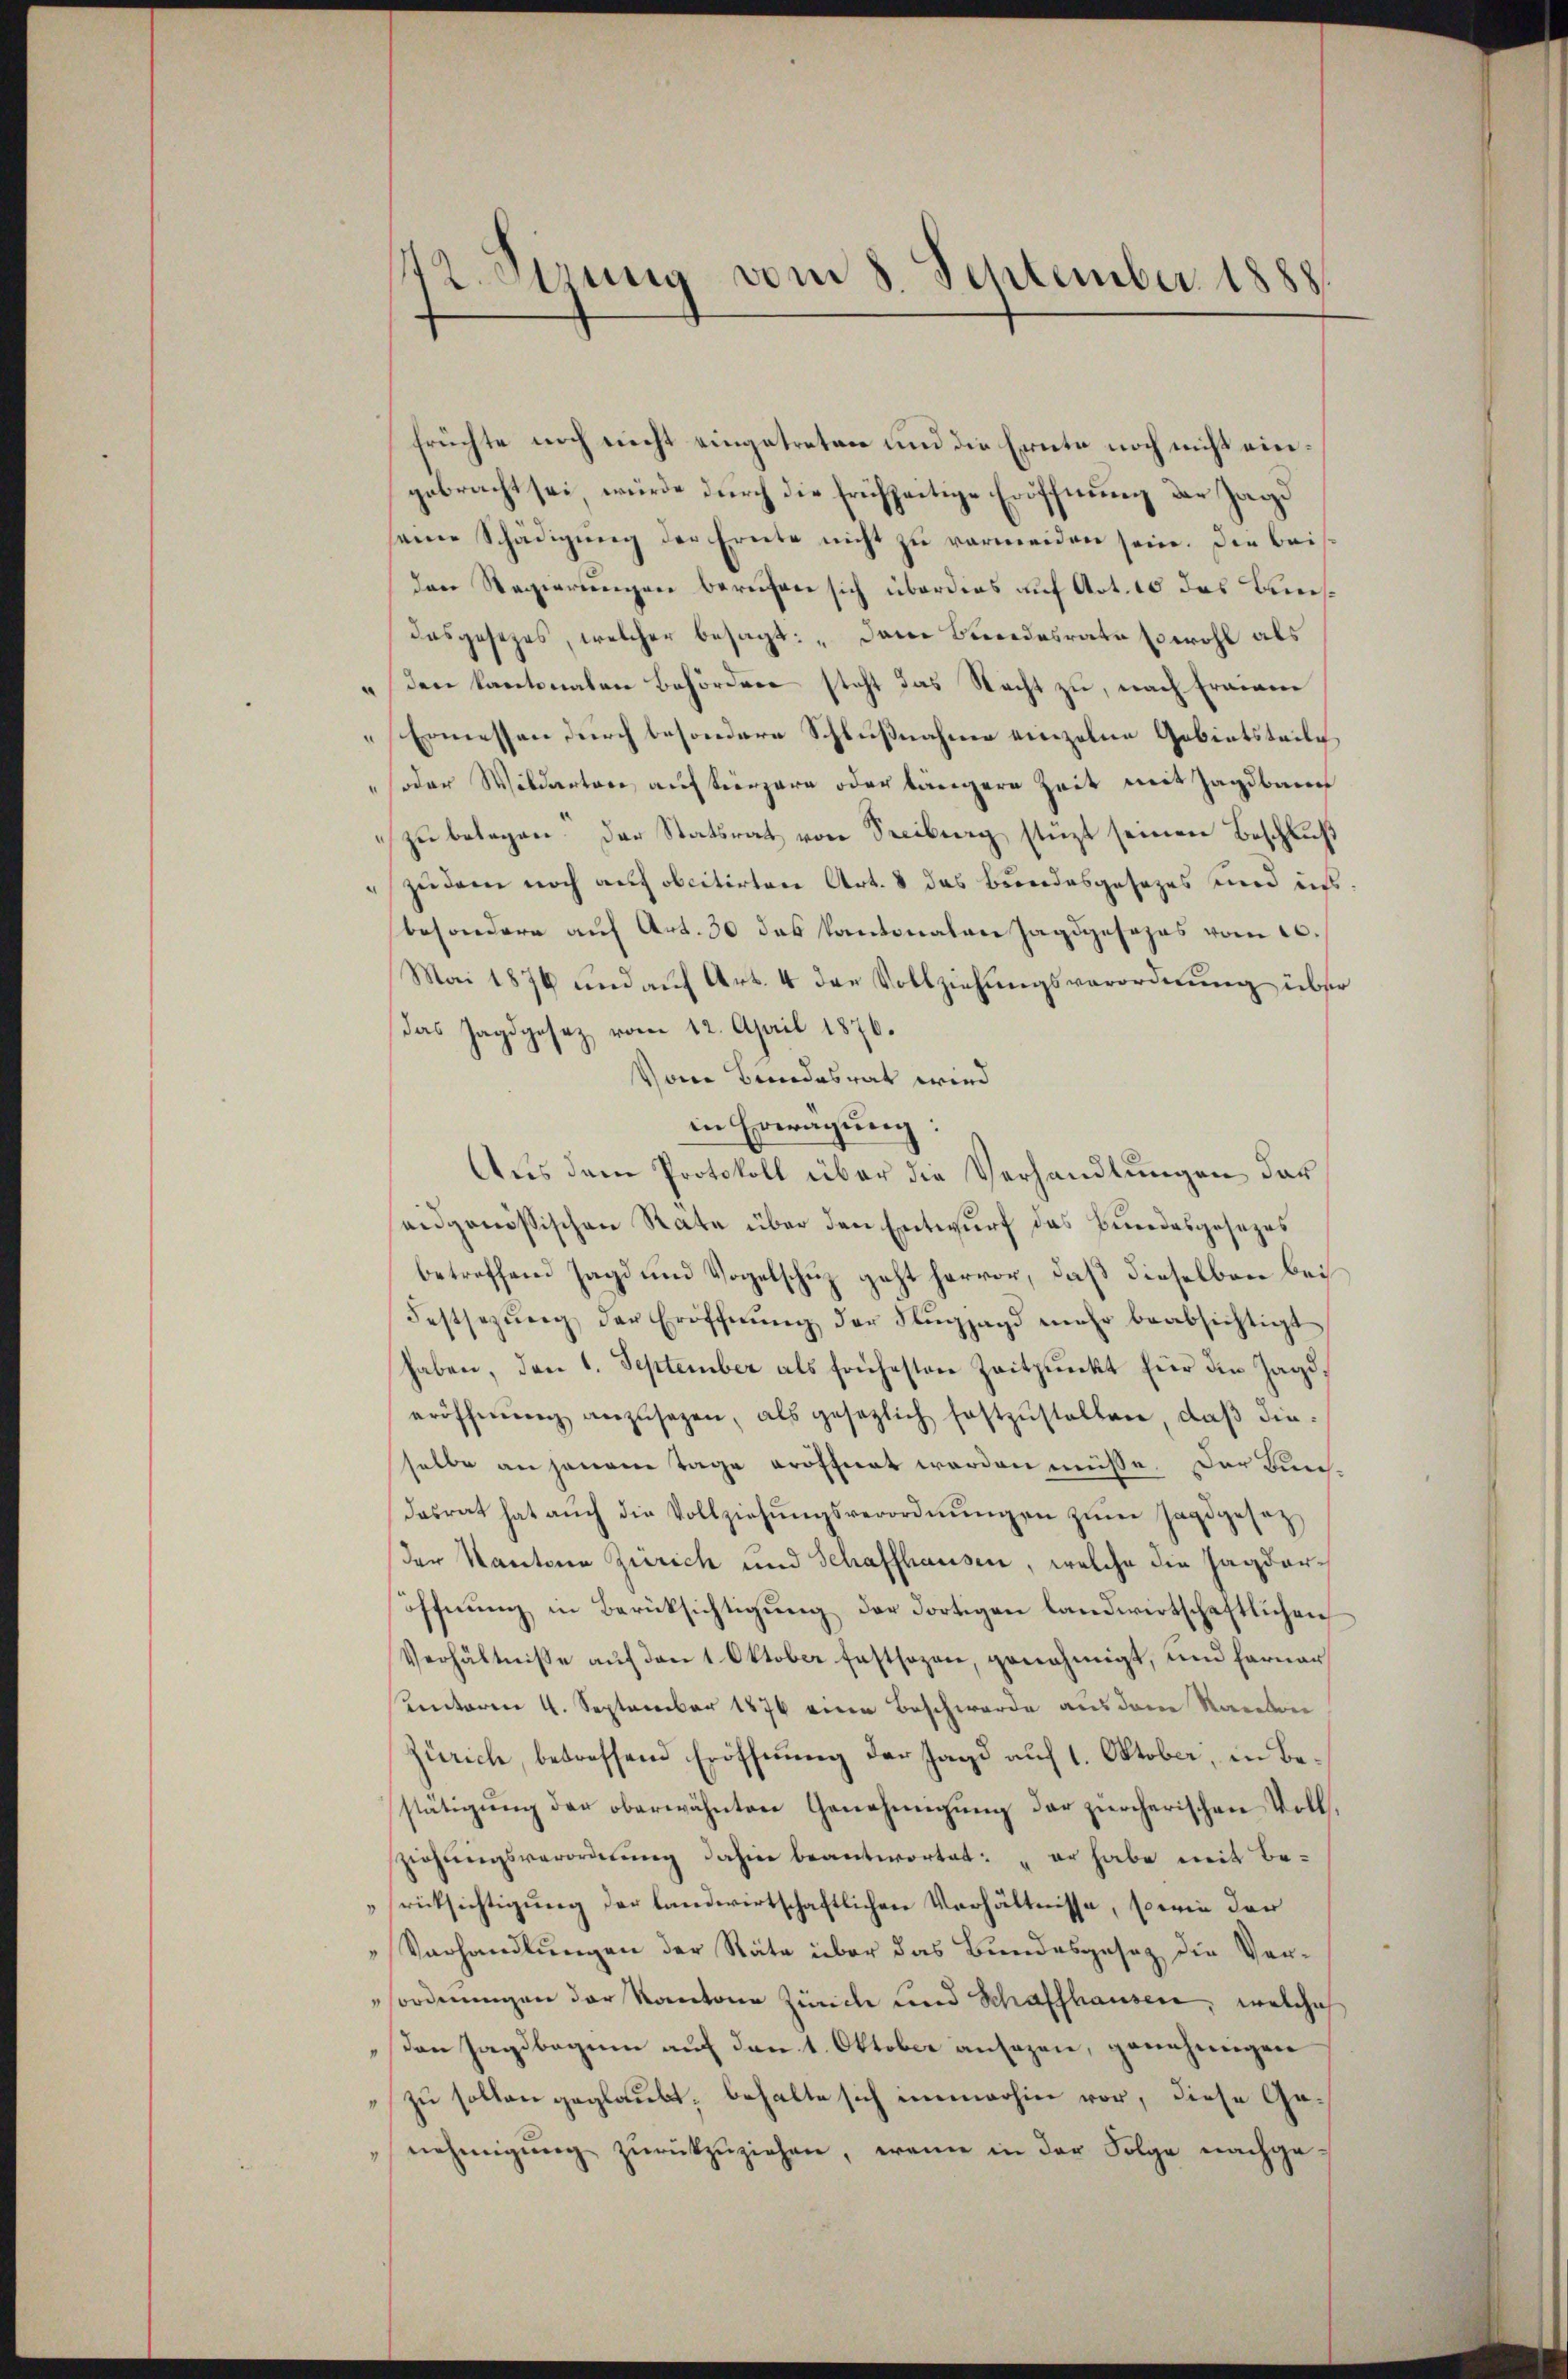
42 etzung vom 8. September 1888.

früchte noch nicht eingetreten und die Ernte noch nicht eingebracht sei, wurde durch die frühzeitige Eröffnung der Jagd
seine Schädigung der Ernte nicht zu vermeiden sein. Die bei
den Regierungen berufen sich überdies auf Art. 10 das Kreisdasgesezes, welcher besagt: „Dem Bundesrate sowohl als
" den kantonalen Behörden steht das Nacht zu, nach Frainen
Ermessen durch besondere Schlußnahme einzelne Gebietsteile
"soder Wildertere auf terzere oder längere Zeit mit Zagdbare
zu belegen. Der Statsrat von Seeiburg stüzt seinen Beschluß
zudem noch auf obcitirten Art. 8 das Bundesgesezes und ins
besondere auf Art. 30 das Kantonalen Jagdgesezes vom 10.
Mai 1876 und auf Art. 4 der Vollziehungsverordnung über
das Jagdgesez vom 12. April 1876.
Vom Bundesrat wird
in Erwägung:
Aus dem Protokoll über die Verhandlungen dar
eidgenössischen Räte über den Entwurf das Bundesgesezes
betreffend Jagd und Vogelschuz geht hervor, daß dieselben bei
Festsezŭng der Eröffnŭng der Flŭgjagd mehr beabsichtigt
haben, den 1. September als frühesten Zeitpunkt für die Jagderöffnŭng anzusagen, als gesezlich festzŭstellen, daβ dieselbe an jenem Tage eröffnet worden müsse. Der Kunsdasrat hat aŭch die Vollziehŭngsverordnŭngen zŭm Jagdgesetz
der Kantone Zürich und Schaffhausen, welche die Jagdaröffnung in Berücksichtigung der dortigen landwirtschaftlichen
Verhältnisse auf den 1. Oktober festsezen, genehmigt, und ferner
ventaren 4. September 1876 einen Beschwerde aus der Kantone
Zürich, betreffend Eröffnung der Jagd auf 1. Oktober, in Bestätigung der oberwähnten Genehmigung der zürcherischen Vollsziehŭngsverordnung dahin beantwortet: „er habe mit Berücksichtigung der landwirtschaftlichen Verhältnisse, sowie der
Vorhandlungen der Räte über das Bundesgesetz die Verforderungen der Kantone Zürich und Schaffhausen, welche
den Jagdbagum auf den 1. Oktober ansazen, genehmigen
zu sollen geglaubt, behalte sich immerhin vor, diese Genehmigŭng zŭrückzŭziehen, wenn in der Folge nachge-